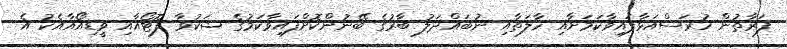
ފަރާތުން ހުރަސްއަޅާފައިވާކަމަށާއި ހާލަތާއި ނުބައްދަލު ބާރުގެ ބޭނުންކޮށްފައިވާކަމުގެ ޝަކުވާ ފޮޓޯއާއި ވީޑިއޯއާއެކު އެ